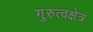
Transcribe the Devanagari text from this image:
गुरुत्वक्षेत्र